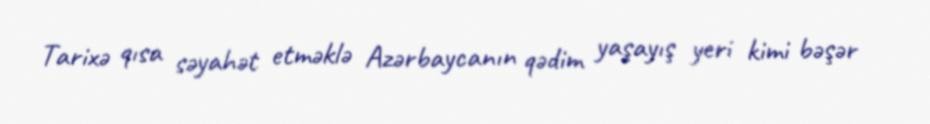
Tarixə qısa səyahət etməklə Azərbaycanın qədim yaşayış yeri kimi bəşər